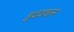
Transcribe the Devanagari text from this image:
हृदयधन